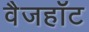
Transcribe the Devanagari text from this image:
वैजहॉट